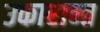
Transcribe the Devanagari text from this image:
उकारान्त